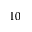
1 0